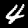
Digit: 4